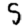
Digit: 5